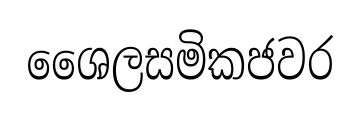
ශෛලසමිකජවර